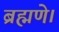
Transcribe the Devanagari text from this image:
ब्रह्मणे।